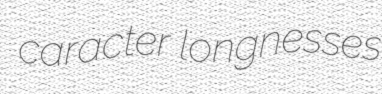
caracter longnesses